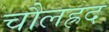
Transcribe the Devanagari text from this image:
चौलह्रद